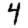
Digit: 4